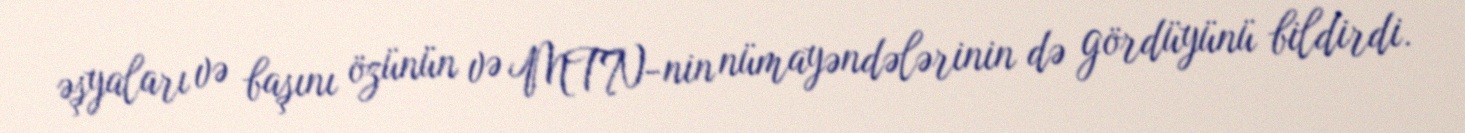
əşyaları və başını özünün və MTN-nin nümayəndələrinin də gördüyünü bildirdi.